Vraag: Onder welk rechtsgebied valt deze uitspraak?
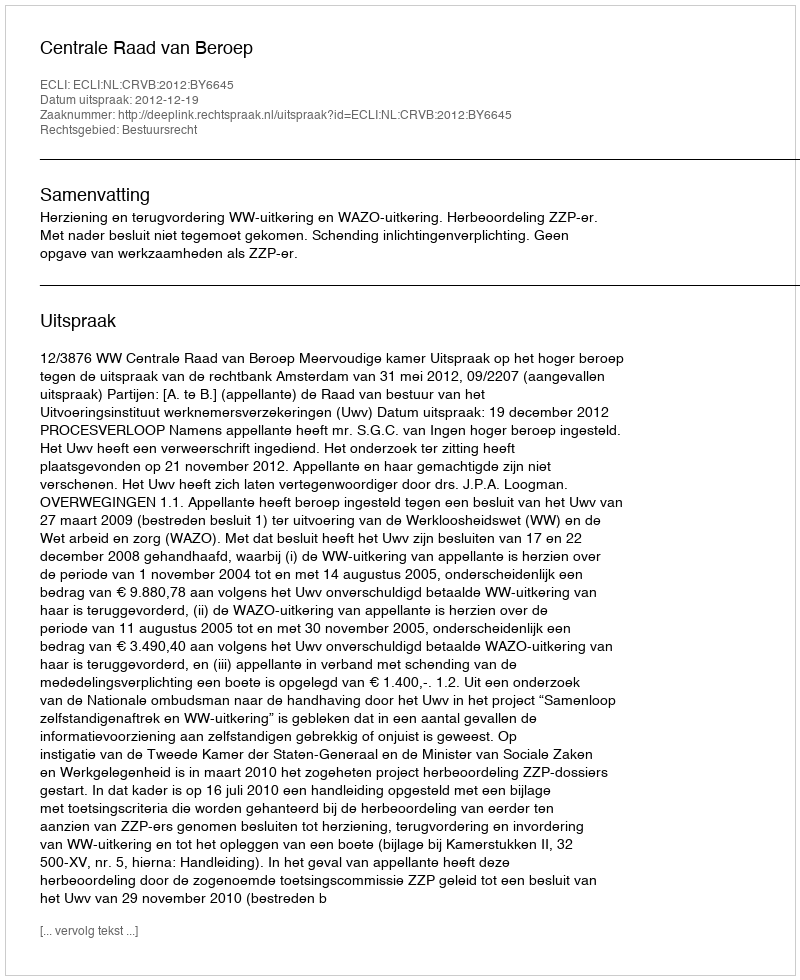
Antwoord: Bestuursrecht